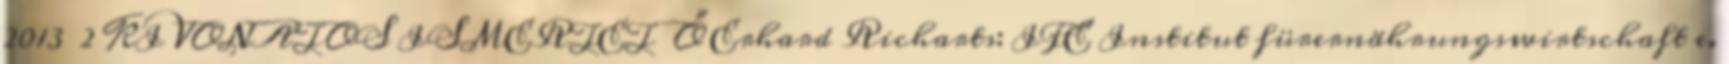
2013 2 KIVONATOS ISMERTETŐ Erhard Richarts: IFE Institut fürernährungswirtschaft e.